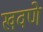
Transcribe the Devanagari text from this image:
खवणे